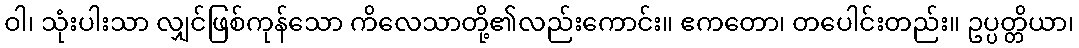
ဝါ၊ သုံးပါးသာ လျှင်ဖြစ်ကုန်သော ကိလေသာတို့၏လည်းကောင်း။ ဧကတော၊ တပေါင်းတည်း။ ဥပ္ပတ္တိယာ၊